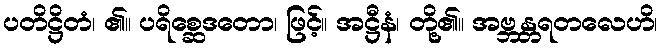
ပတိဋ္ဌိတံ၊ ၏။ ပရိစ္ဆေဒတော၊ ဖြင့်။ အဋ္ဌီနံ၊ တို့၏။ အဗ္ဘန္တရတလေဟိ၊